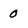
Character: 0